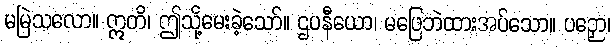
မမြဲသလော။ ဣတိ၊ ဤသို့မေးခဲ့သော်။ ဌပနီယော၊ မဖြေဘဲထားအပ်သော။ ပဉှော၊